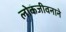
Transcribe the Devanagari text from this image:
लोकजीवनाने